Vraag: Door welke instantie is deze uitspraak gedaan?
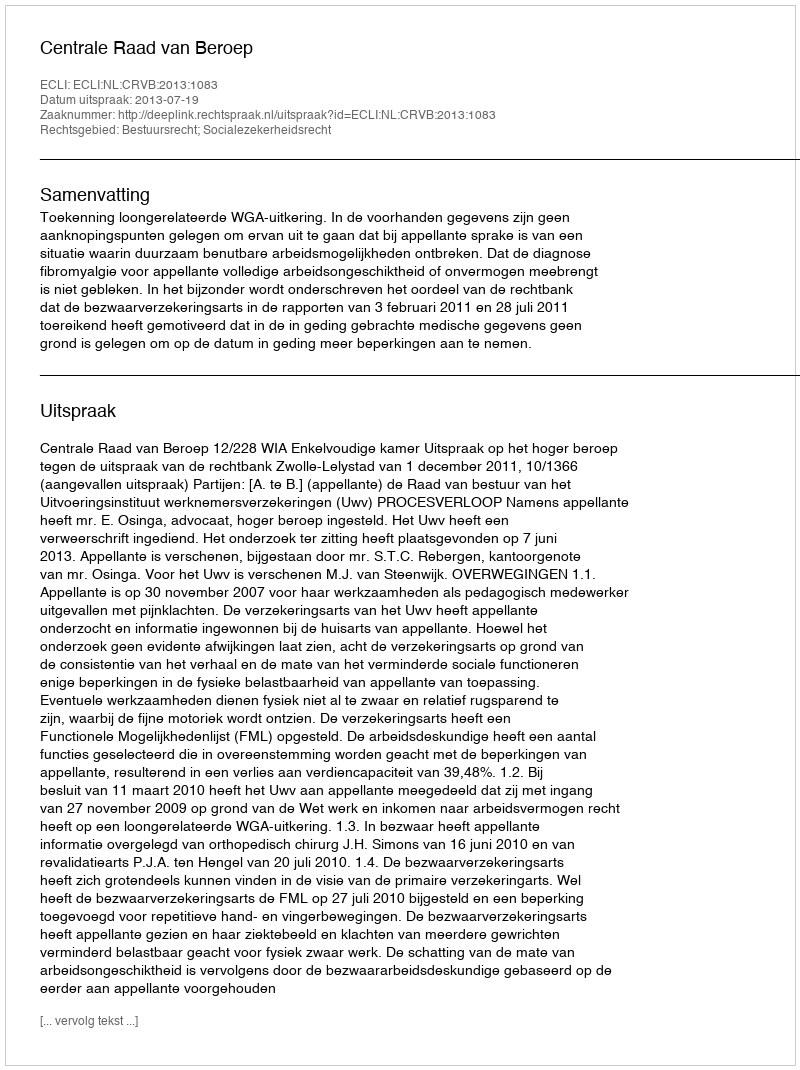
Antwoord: Centrale Raad van Beroep